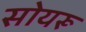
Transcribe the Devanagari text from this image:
सोयरू